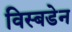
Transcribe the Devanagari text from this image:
विस्बडेन